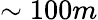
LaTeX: \sim 100m